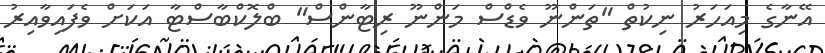
އޭނާގެ މިއަހަރު ނިކުތް "ތަންނޫ ވެޑްސް މަންނޫ ރިޓާންސް" ބްލޮކްބާސްޓާ އަކަށް ވެފައިވާއިިރު